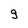
Character: g